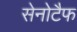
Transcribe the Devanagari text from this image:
सेनोटैफ